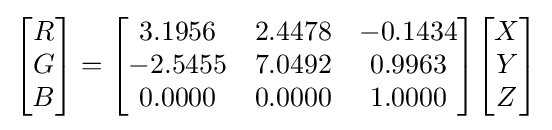
{\begin{bmatrix}R\\G\\B\end{bmatrix}}={\begin{bmatrix}3.1956&2.4478&-0.1434\\-2.5455&7.0492&0.9963\\0.0000&0.0000&1.0000\end{bmatrix}}{\begin{bmatrix}X\\Y\\Z\end{bmatrix}}